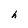
Character: h